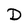
Character: D